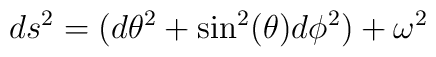
ds^2= (d{\theta}^2+\sin^2(\theta)d{\phi}^2) + {\omega}^2